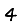
Digit: 4